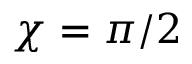
\chi = \pi / 2